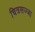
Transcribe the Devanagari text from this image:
चित्रसज्जा